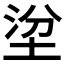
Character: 𡌂